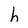
Character: h